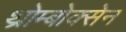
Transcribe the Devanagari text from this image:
थ्रोम्बोक्सेन